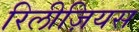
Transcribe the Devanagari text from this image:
रिलीज़ियस